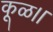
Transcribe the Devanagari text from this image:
कूळ।।